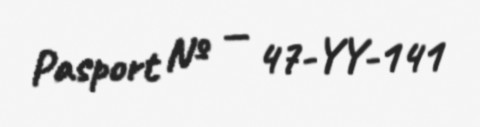
Pasport № — 47-YY-141